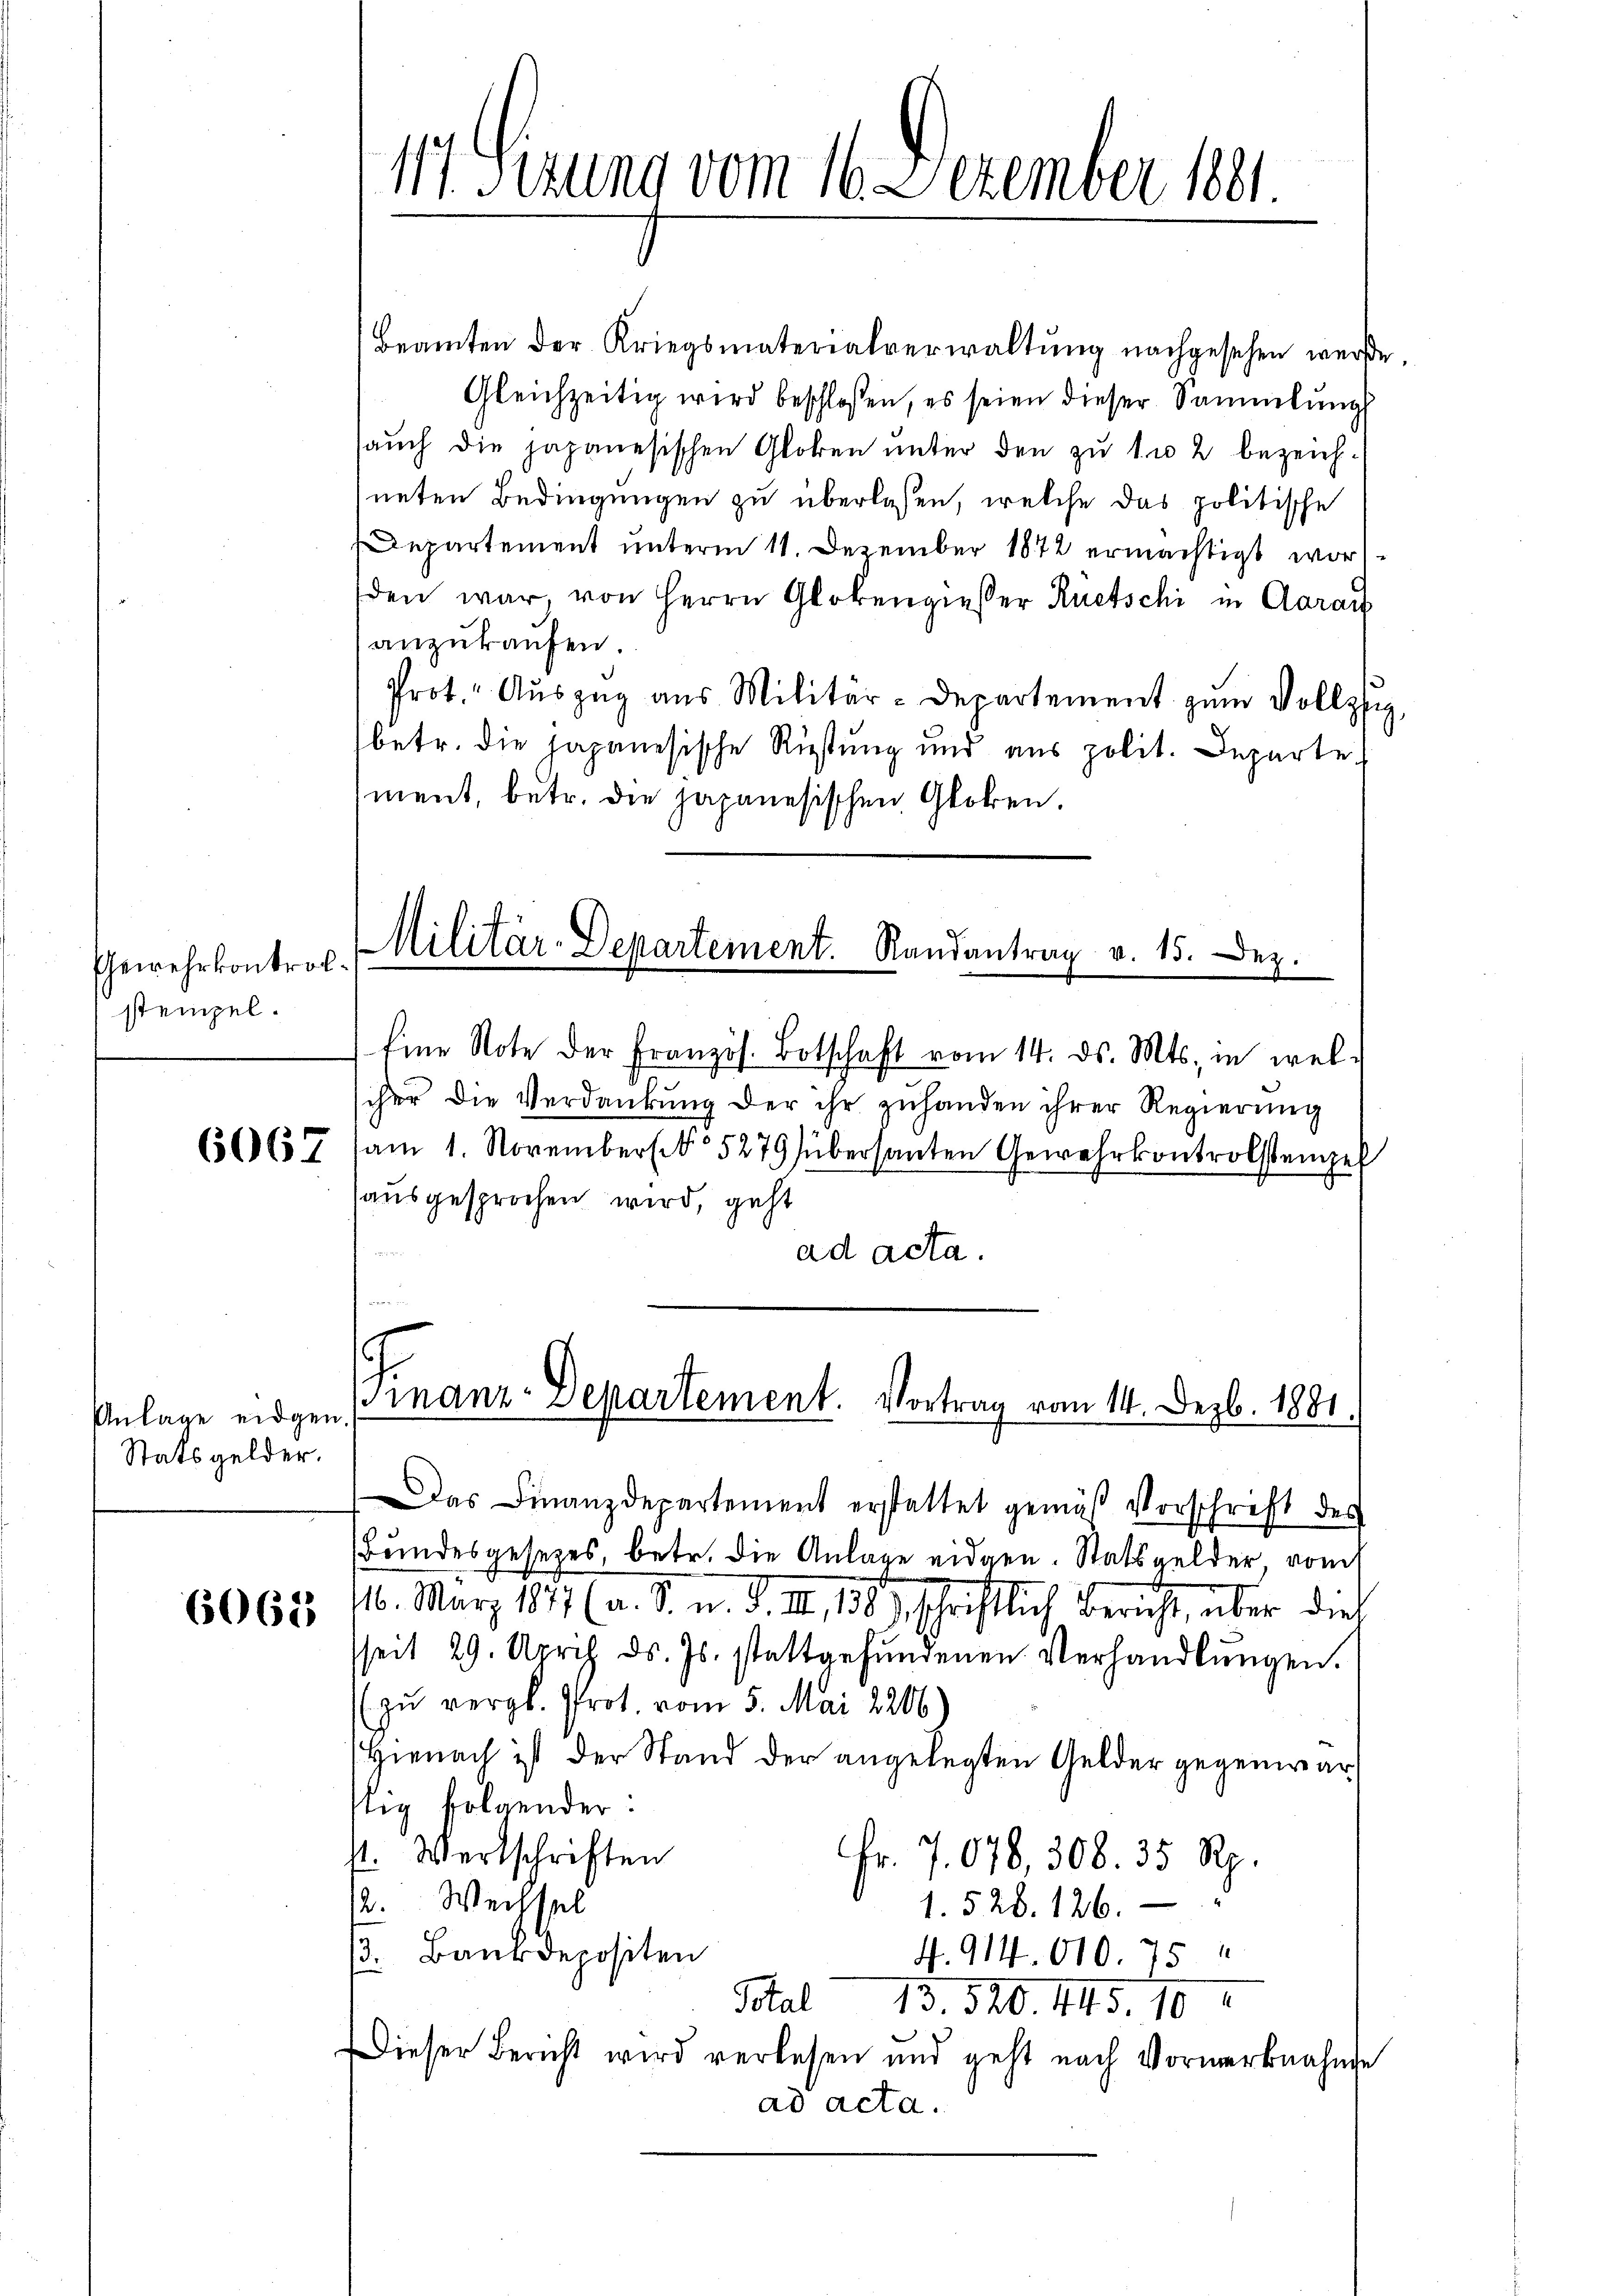
Gewehrkontrolstempel.

6067

Anlage eidgen.
Statsgelder.

6062

Beamten der Kriegsmaterialverwaltŭng nachgesehen werde.
Gleichzeitig wird beschlossen, es seien dieser Sammlung
saŭch die japanesischen Globen unter den zu 1 u 2 bezeich-
neten Bedingungen zu überlesen, welche das politische
Departement unterm 11. Dezember 1872 ermächtigt worden war, von Herrn Glokengiesser Ruetschi in Aarau
anzukaufen.
Prot. Aŭszŭg ans Militär-Departement zum Vollzi
betr. die japanesische Rüstung und aus polit. Departe
ment, betr. die japanesischen Globen.

117. Sezung vom 16. Dezember 1891.

Militär-Departement. Randantrag v. 15. Dez.

Eine Note der Französ. Botschaft vom 14. ds. Mts. in wel
cher die Verdankung der ihr zuhanden ihrer Regierung
am 1. November 5279 übersanten Gewehrkontrolstenzel
sausgesprochen wird, geht
ad acta.
as Finanzdepartement erstattet gemäß Vorschrift des
Bundesgesetzes, betr. die Anlage eidgen. Statsgelder vom
116. März 1897 (a. S. n. F. II, 1857, schriftlich Bericht, aber dies
seit 29. Urch ds. Js. stattgefŭndenen Verhandlŭngen.
(zu vergl. Prot vom 5. Mai 2206
Hienach ist der Stand der angelegten Gelder gegenwärtig folgender:
1. Wertschriften
Fr. 7.078, 308. 35 Rp.
12. Wechsel
1. 528. 126.
. Bankdepositen
N. 914.010. 75
Stal 13. 520. 1115. 10.
Dieser Bericht wird verlesen und geht nach Vormerknahme
ad acta.

Finanz-Departement. Vortrag vom 14. Dezb. 1881.